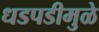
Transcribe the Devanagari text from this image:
धडपडीमुळे